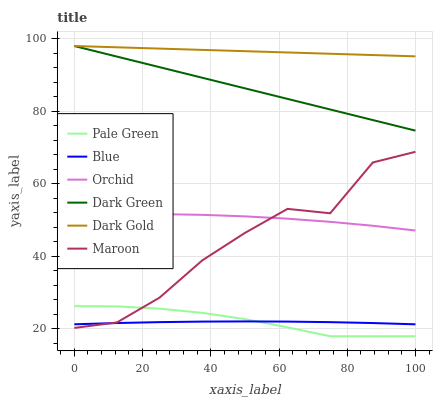
| xaxis_label | Pale Green | Blue | Orchid | Dark Green | Dark Gold | Maroon |
 | --- | --- | --- | --- | --- | --- | --- |
 | 0 | 26.3 | 21.3 | 51.4 | 98 | 98 | 20.3 |
 | 12.5 | 26.2 | 21.6 | 51.6 | 95.1 | 97.6 | 21.8 |
 | 25 | 25.6 | 21.9 | 51.7 | 92.2 | 97.3 | 28.7 |
 | 37.5 | 24.4 | 22 | 51.5 | 89.3 | 96.9 | 38.9 |
 | 50 | 22.7 | 22.1 | 51 | 86.3 | 96.6 | 46.5 |
 | 62.5 | 20.5 | 22 | 50.4 | 83.4 | 96.2 | 53.1 |
 | 75 | 18 | 21.9 | 49.5 | 80.5 | 95.9 | 51.9 |
 | 87.5 | 18 | 21.6 | 48.5 | 77.6 | 95.5 | 65.9 |
 | 100 | 18 | 21.3 | 47.1 | 74.7 | 95.2 | 68.8 |